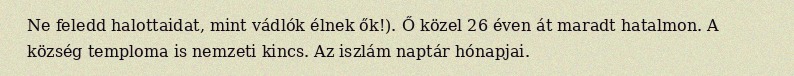
Ne feledd halottaidat, mint vádlók élnek ők!). Ő közel 26 éven át maradt hatalmon. A község temploma is nemzeti kincs. Az iszlám naptár hónapjai.